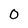
Character: 0